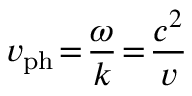
v _ { \mathrm { p h } } \! = \! \frac { \omega } { k } \! = \! \frac { c ^ { 2 } } { v }